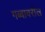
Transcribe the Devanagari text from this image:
गब्बावरील